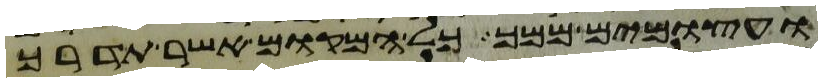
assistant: ועצמים ממך כל המקום אשר תדרך